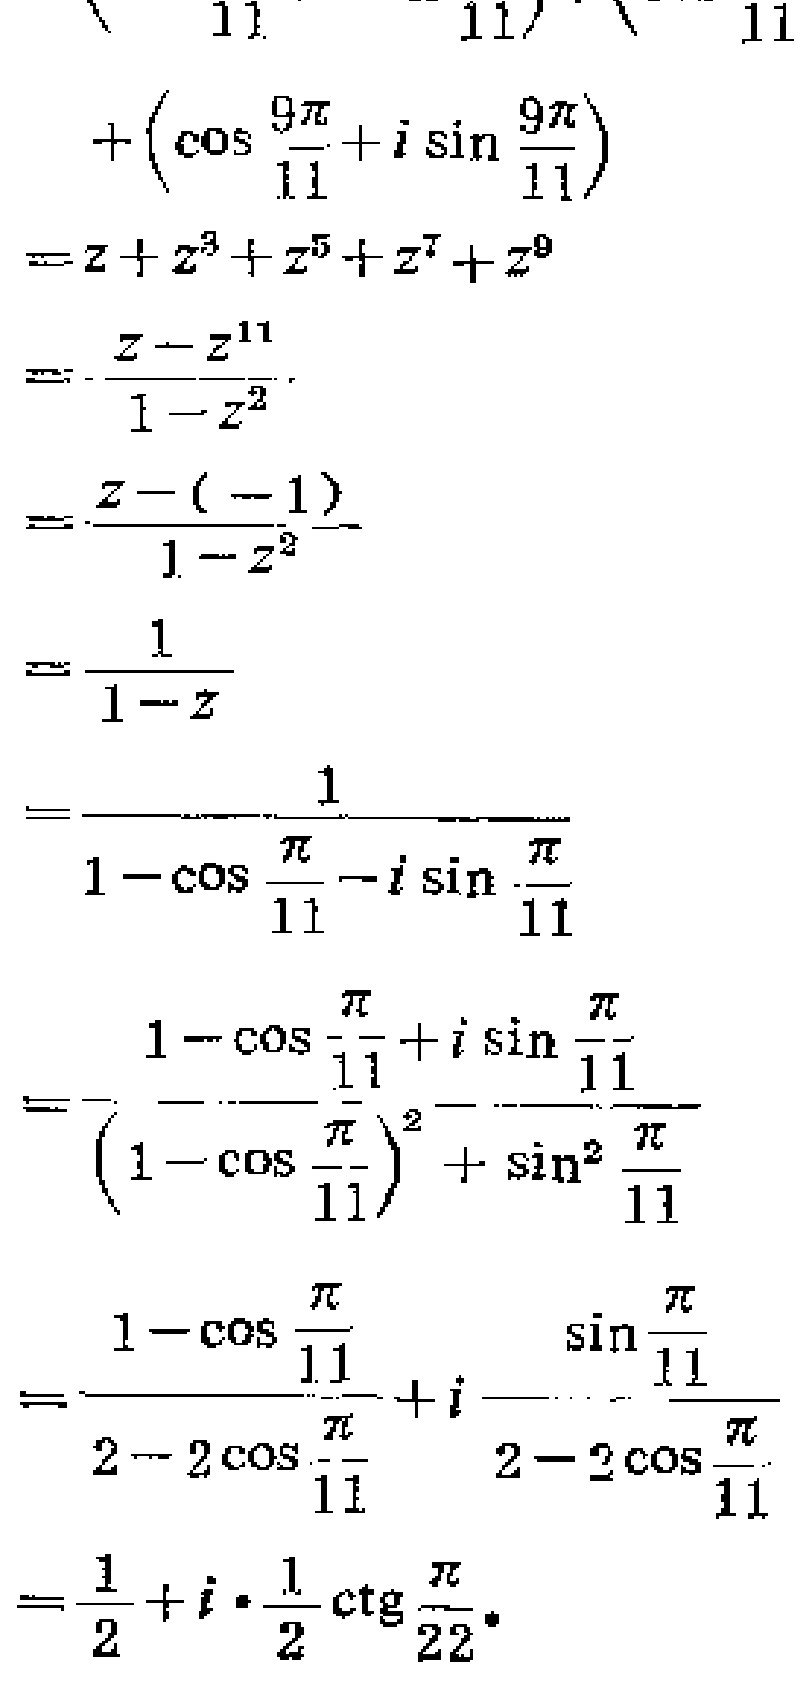
\[
\begin{align*}
&+\left(\cos\frac{9\pi}{11}+i\sin\frac{9\pi}{11}\right)\\
=&z + z^{3}+z^{5}+z^{7}+z^{9}\\
=&\frac{z - z^{11}}{1 - z^{2}}\\
=&\frac{z-(-1)}{1 - z^{2}}\\
=&\frac{1}{1 - z}\\
=&\frac{1}{1-\cos\frac{\pi}{11}-i\sin\frac{\pi}{11}}\\
=&\frac{1-\cos\frac{\pi}{11}+i\sin\frac{\pi}{11}}{\left(1-\cos\frac{\pi}{11}\right)^{2}+\sin^{2}\frac{\pi}{11}}\\
=&\frac{1-\cos\frac{\pi}{11}}{2 - 2\cos\frac{\pi}{11}}+i\frac{\sin\frac{\pi}{11}}{2 - 2\cos\frac{\pi}{11}}\\
=&\frac{1}{2}+i\cdot\frac{1}{2}\cot\frac{\pi}{22}
\end{align*}
\]